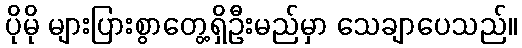
ပိုမို များပြားစွာတွေ့ရှိဦးမည်မှာ သေချာပေသည်။